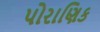
પોરાણિક